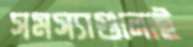
সমস্যাগুলোই